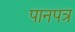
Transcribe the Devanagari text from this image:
पानपत्र